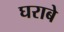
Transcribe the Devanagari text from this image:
घराबे